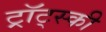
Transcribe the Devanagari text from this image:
ट्र्रॉट्स्की